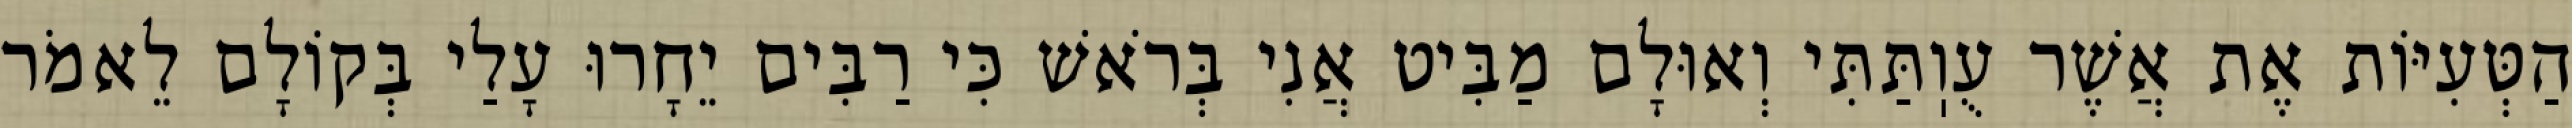
הַטְּעִיּוֹת אֶת אֲשֶׁר עֻוֽתַּתִּי וְאוּלָם מַבִּיט אֲנִי בְּרֹאשׁ כִּי רַבִּים יֵחָרוּ עָלַי בְּקוֹלָם לֵאמֹר